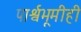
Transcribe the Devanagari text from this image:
पार्श्वभूमीही